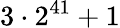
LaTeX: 3\cdot 2^{41}+1